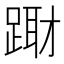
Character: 𨃁